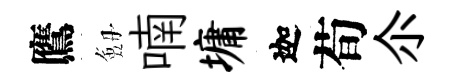
鷹劔喃墉迦荀尒